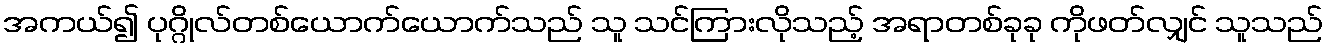
အကယ်၍ ပုဂ္ဂိုလ်တစ်ယောက်ယောက်သည် သူ သင်ကြားလိုသည့် အရာတစ်ခုခု ကိုဖတ်လျှင် သူသည်